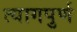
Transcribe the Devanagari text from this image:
त्यागपुर्ण